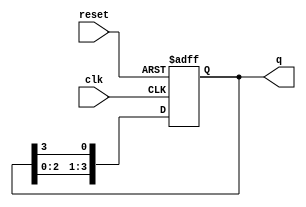
module bistable_ring_counter (
    input wire clk,        // Clock input
    input wire reset,      // Asynchronous reset input
    output reg [N-1:0] q   // Output of the flip-flops
);
    parameter N = 4;       // Number of flip-flops (adjust as needed)

    // Initial state
    initial begin
        q = 1'b1;           // Set initial state to 0001 (only the first flip-flop is high)
    end

    // Always block triggered on the rising edge of the clock or reset
    always @(posedge clk or posedge reset) begin
        if (reset) begin
            q <= 1'b1;      // Reset state to 0001
        end else begin
            // Shift the '1' through the flip-flops
            q <= {q[N-2:0], q[N-1]}; // Shift left and wrap around
        end
    end
endmodule